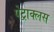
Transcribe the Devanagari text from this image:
पेट्राक्लस